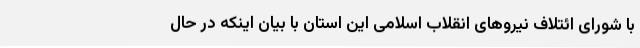
با شورای ائتلاف نیروهای انقلاب اسلامی این استان با بیان اینکه در حال